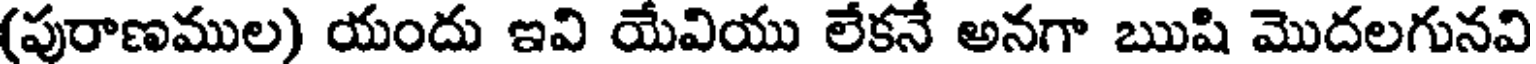
(పురాణముల) యందు ఇవి యేవియు లేకనే అనగా ఋషి మొదలగునవి